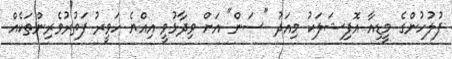
ފުލުހުންގެ މީޑިއާ އޮފިޝަލަކު މިއަދު "ސަން" އަށް ވިދާޅުވީ އިއްޔެ ހަވީރު ފަތުރުވެރިންތަކެއް